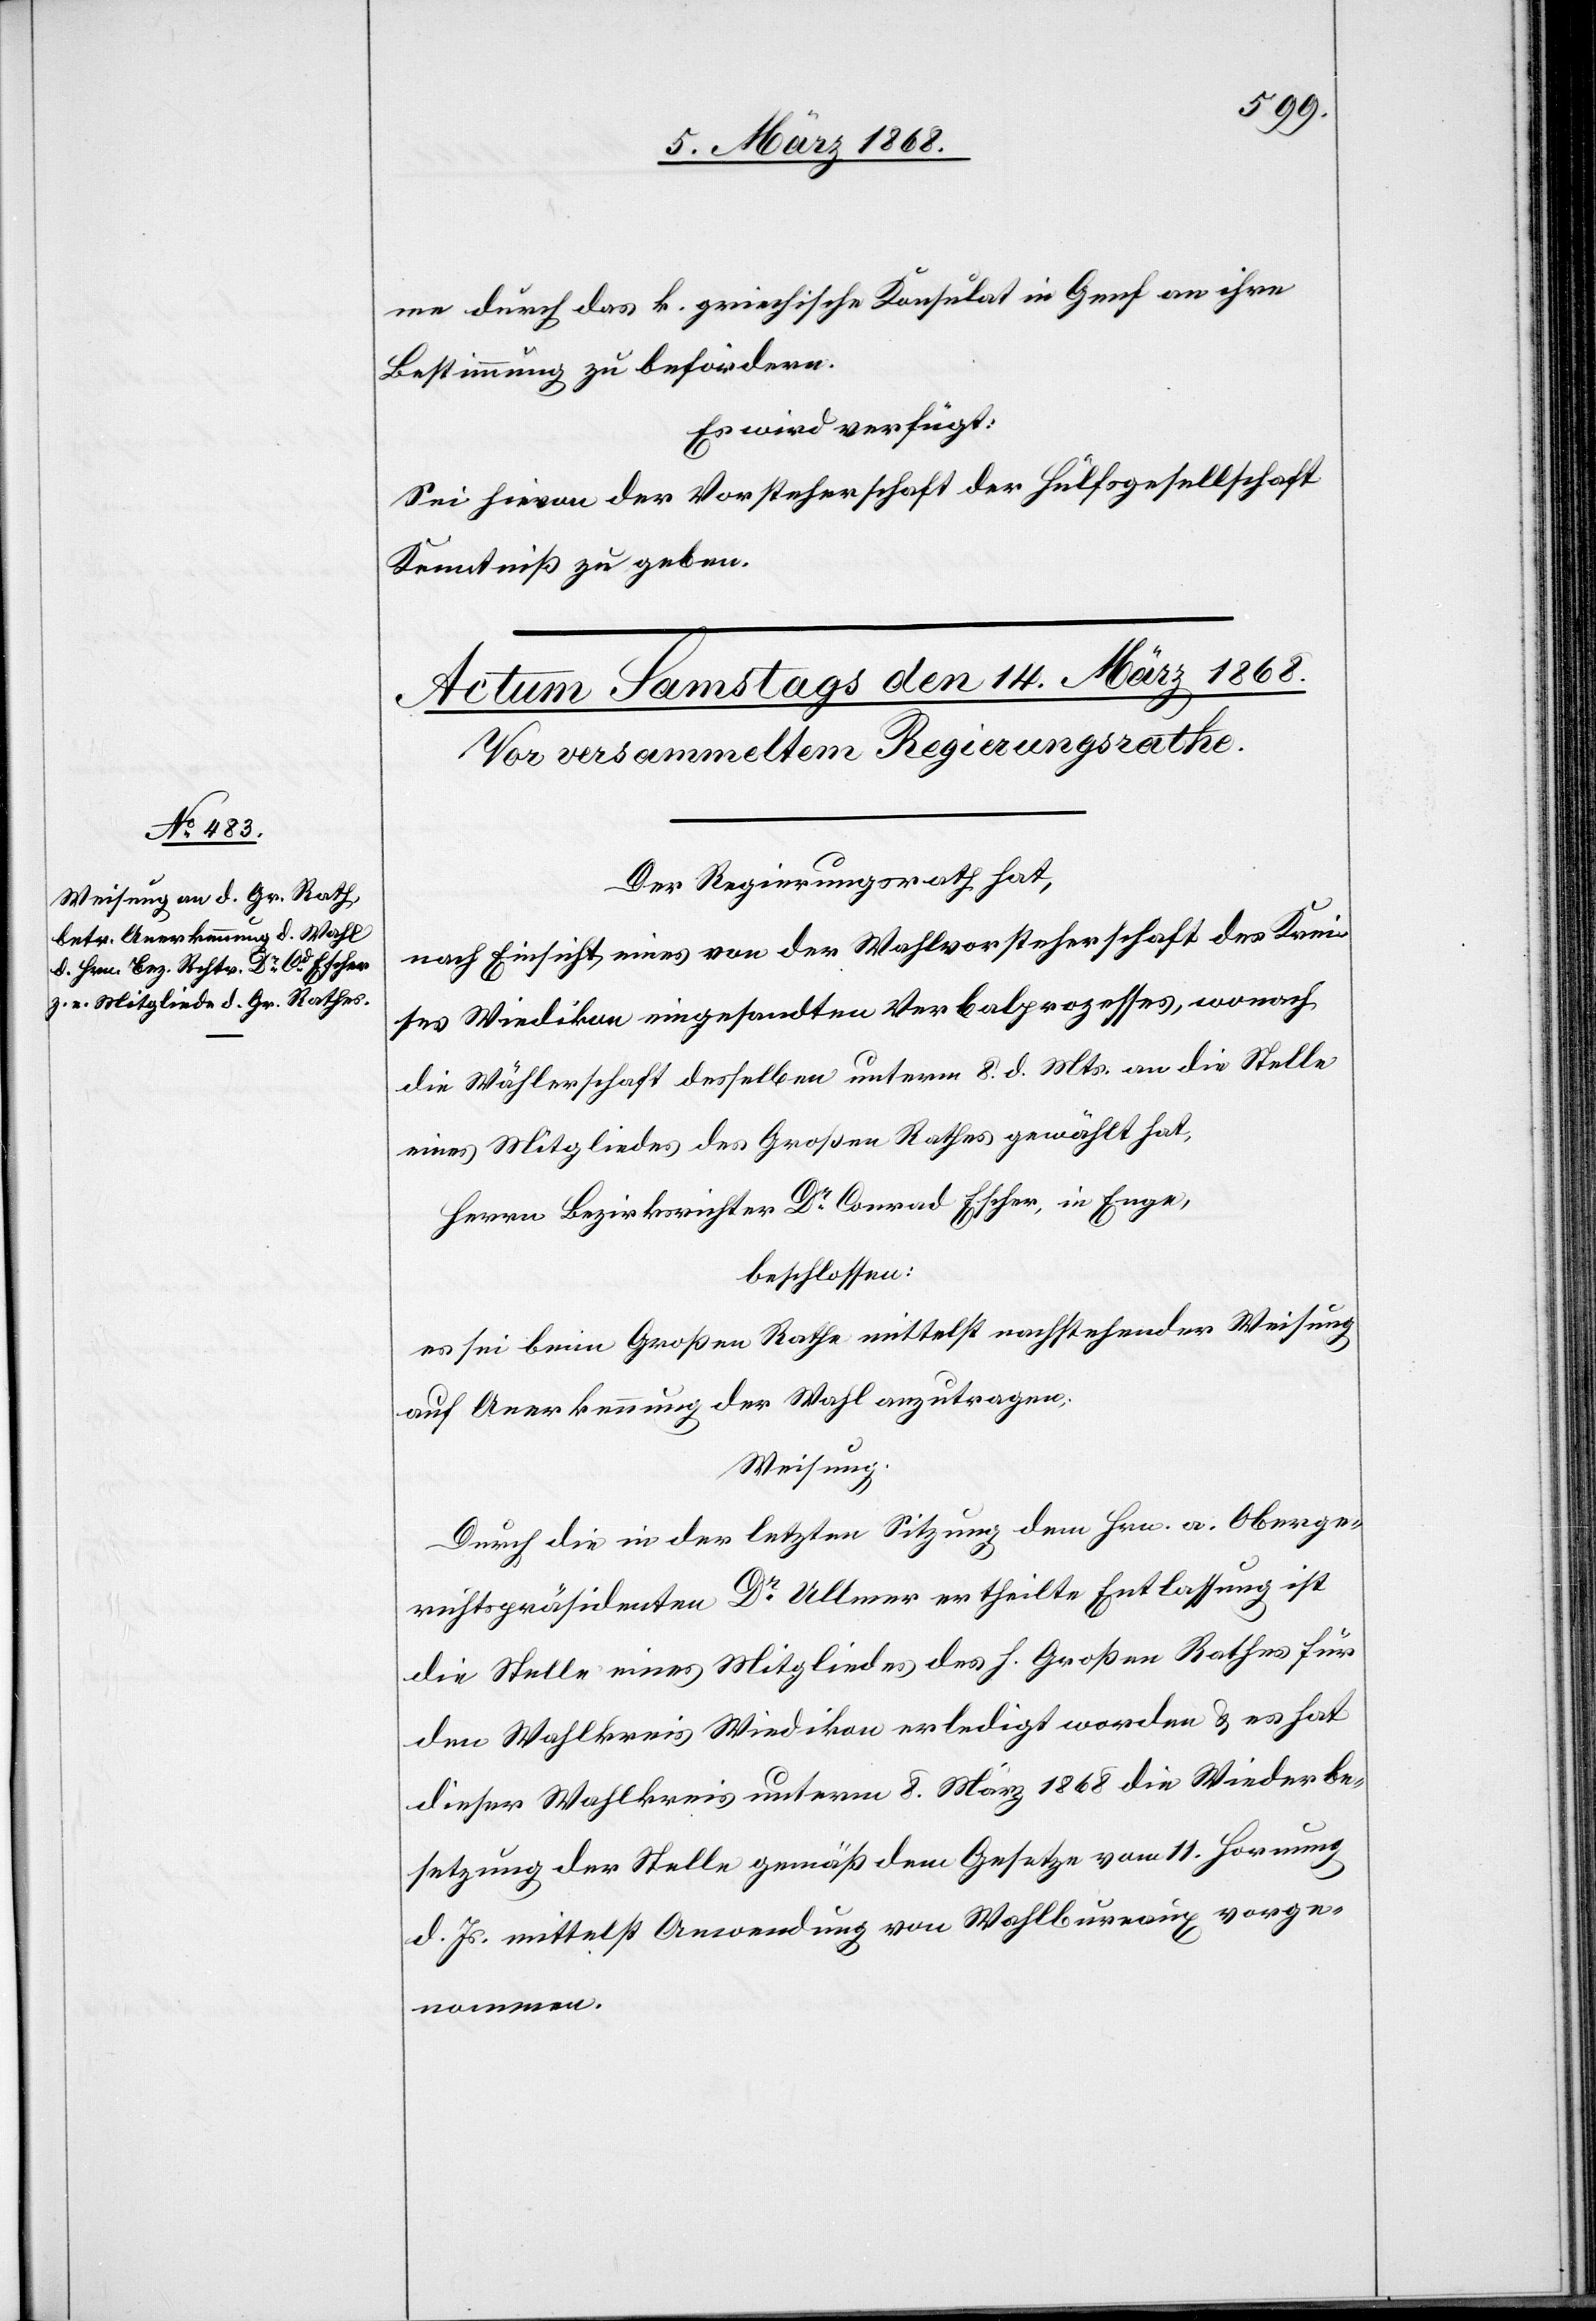
me durch das k. griechische Konsulat in Genf an ihre
Bestimmung zu befördern.
Es wird verfügt:
Sei hievon der Vorsteherschaft der Hülfsgesellschaft
Kenntniß zu geben.
Der Regierungsrath hat,
nach Einsicht eines von der Wahlvorsteherschaft des Krei¬
ses Wiedikon eingesandten Verbalprozesses, wonach
die Wählerschaft desselben unterm 8. d. Mts. an die Stelle
eines Mitgliedes des Großen Rathes gewählt hat,
Herrn Bezirksrichter Dr. Conrad Escher, in Enge,
beschlossen:
es sei beim Großen Rathe mittelst nachstehender Weisung
auf Anerkennung der Wahl anzutragen;
Weisung.
Durch die in der letzten Sitzung dem Hrn. A. Oberge¬
richtspräsidenten Dr. Ullmer ertheilte Entlassung ist
die Stelle eines Mitgliedes des h. Großen Rathes für
den Wahlkreis Wiedikon erledigt worden & es hat
dieser Wahlkreis unterm 8. März 1868 die Wiederbe¬
setzung der Stelle gemäß dem Gesetze vom 11. Hornung
d. Js. mittelst Anwendung von Wahlbureaux vorge¬
nommen.